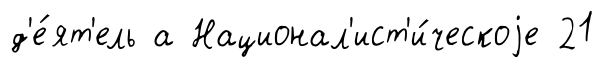
д'е́ят'ель а Национал'ист'и́ческоjе 21